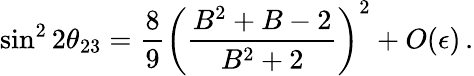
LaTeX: \sin^{2}2\theta_{23}=\frac{8}{9}{\left(\frac{B^{2}+B-2}{B^{2}+2}\right)}^{2}+O(\epsilon)\, .